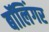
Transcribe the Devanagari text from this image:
बॉलिंगर